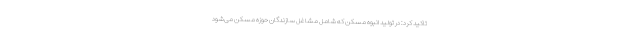
تاکید کرد: در تولید انبوه مسکن که شامل مشاغل سازندگان حوزه مسکن می‌شود